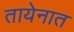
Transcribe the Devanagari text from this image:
तायेनात